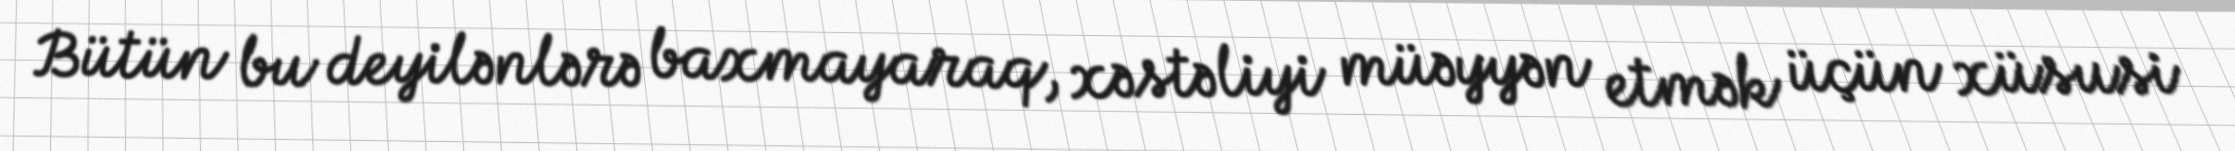
Bütün bu deyilənlərə baxmayaraq, xəstəliyi müəyyən etmək üçün xüsusi